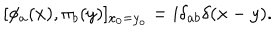
LaTeX: [ \phi _ { a } ( x ) , \pi _ { b } ( y ) ] _ { x _ { 0 } = y _ { o } } = i \delta _ { a b } \delta ( x - y ) .